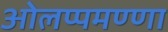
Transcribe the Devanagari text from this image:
ओलप्पमण्णा